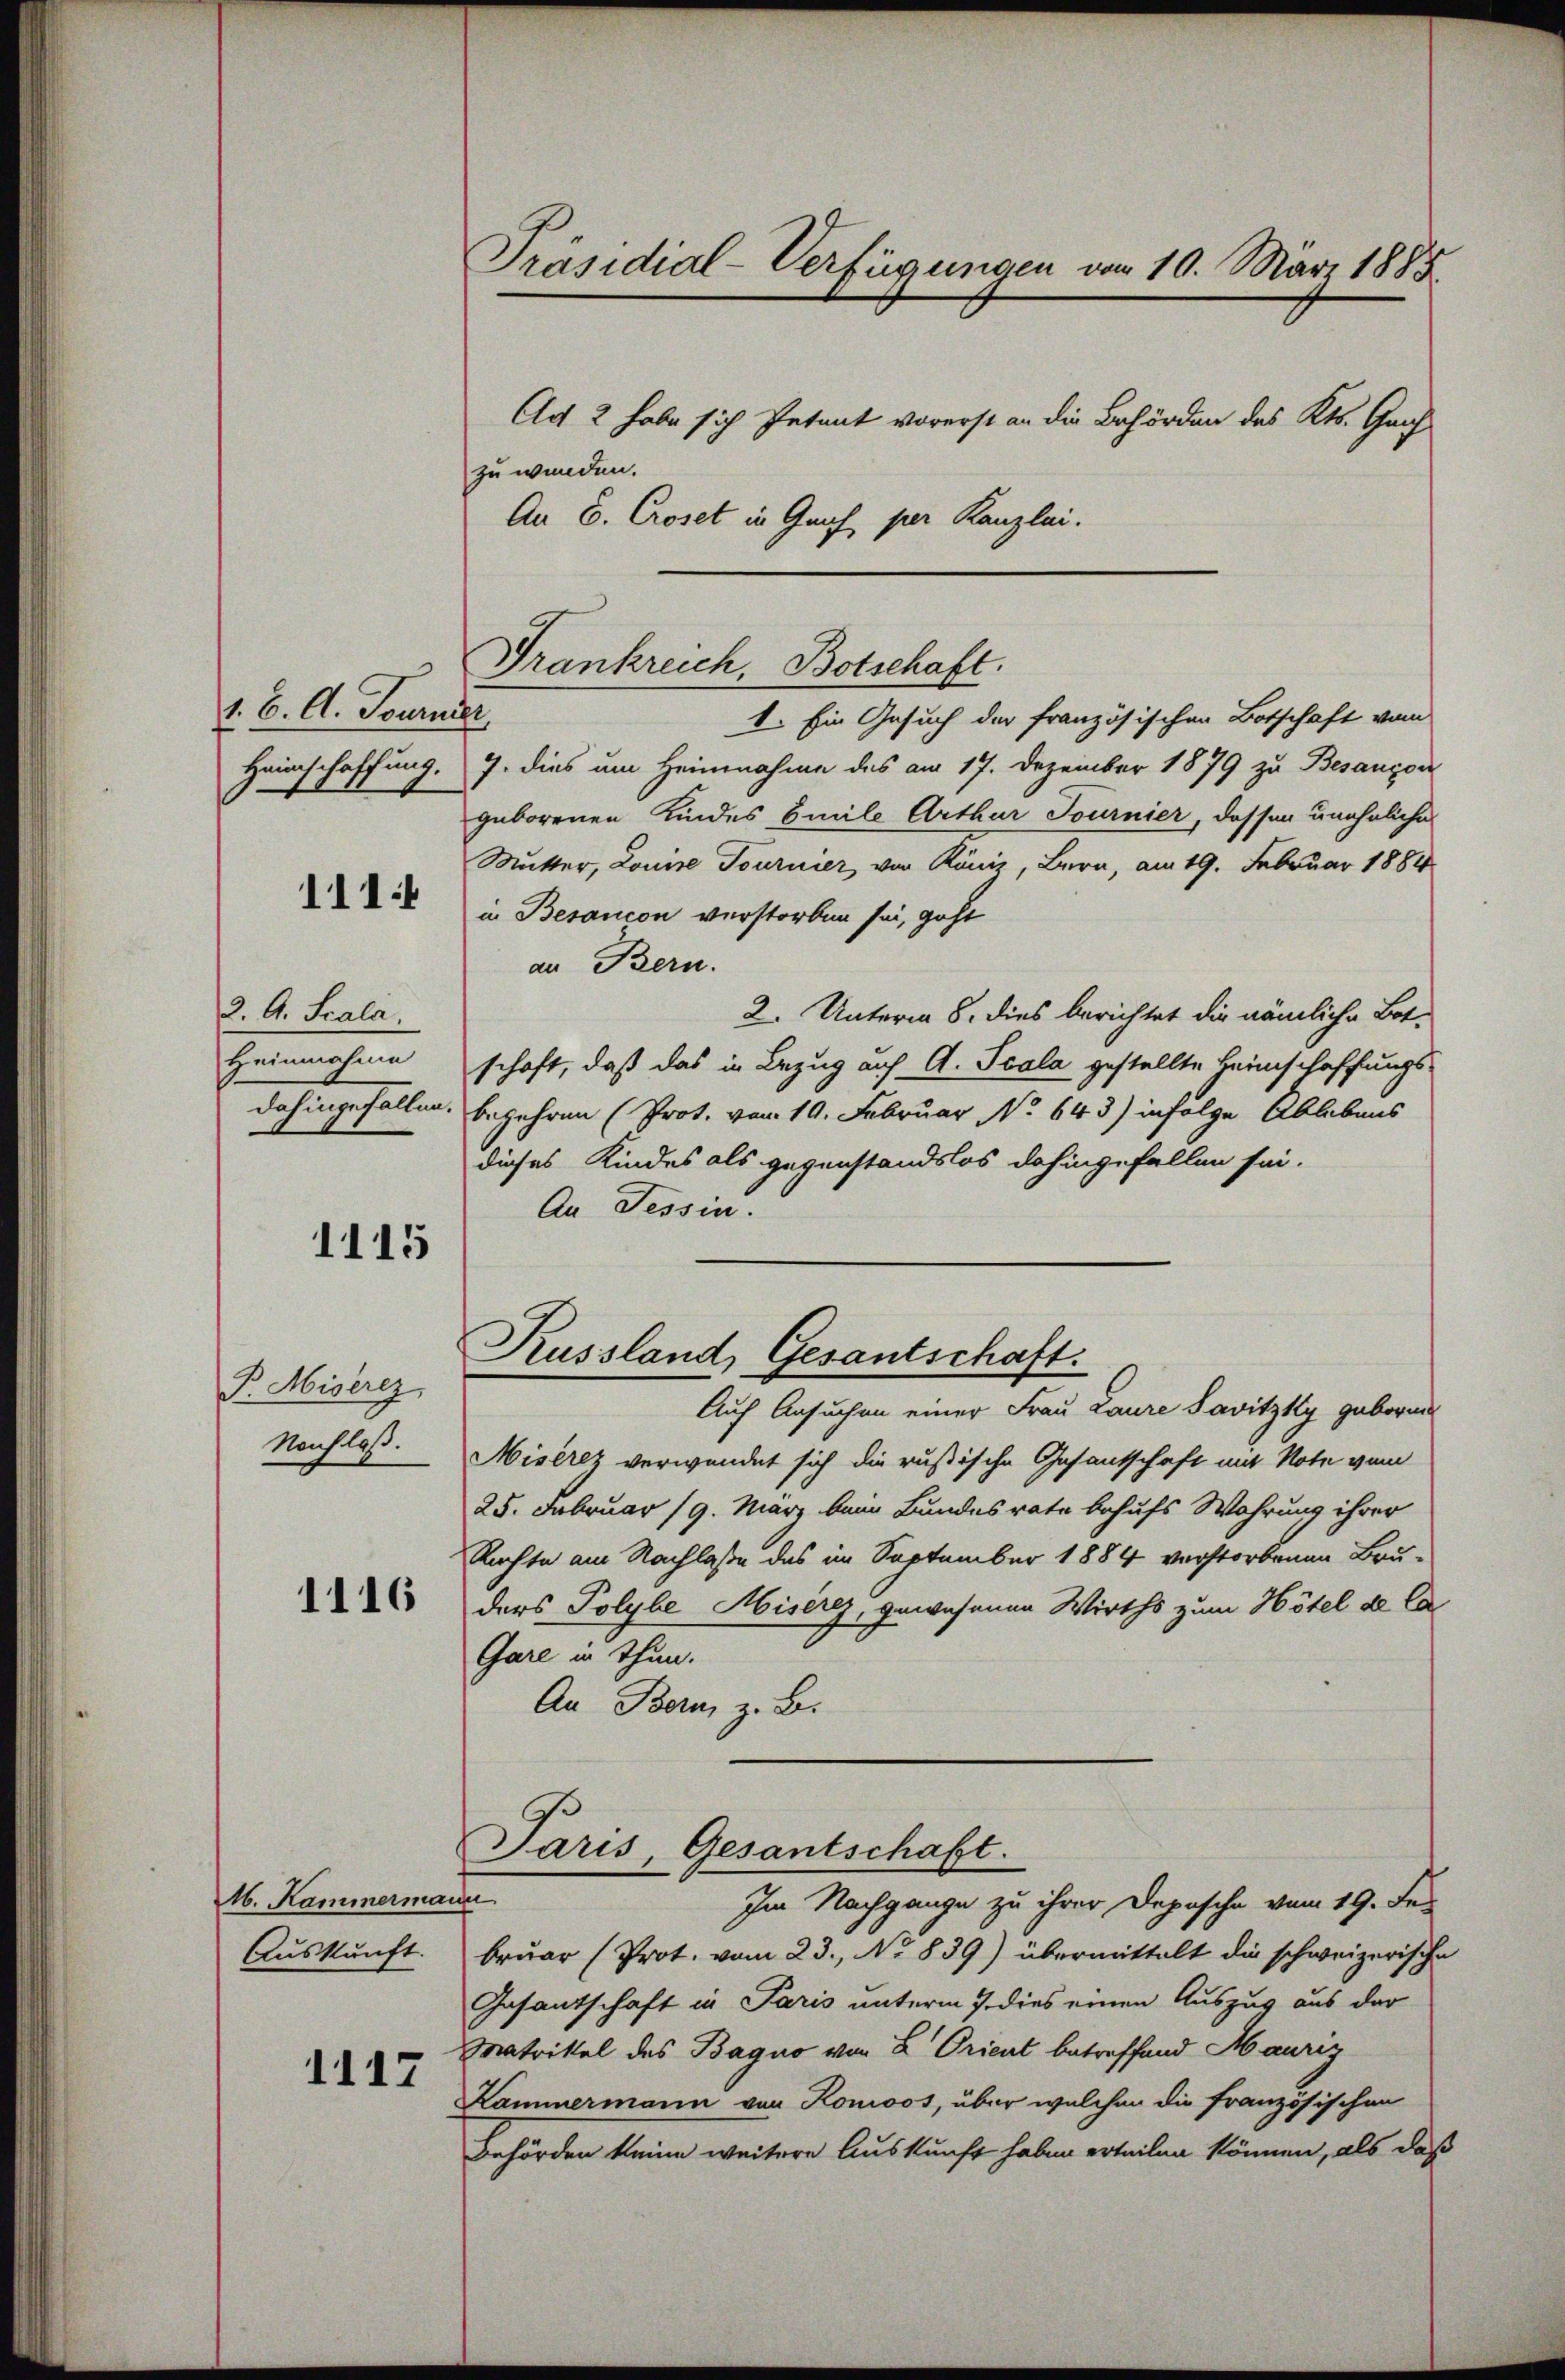
1. 6. A. Tournier

111

2. A. Scala
Heinnahme
dahingefallen.

1115

P. Miserez,
Nachlaß.

1116

M. Kammermai
Auskunft.

1117

Präsidial-Verfügungen vom 10. März 1885
Ag 2 habe sich Petent vorerst an die Behörden des Kts. Ganz
zu werden.
An E. Croset in Genf, per Kanzlei.

Frankreich. Botschaft.

Kussland, Gesantschaft.

1. Ein Gesuch der französischen Botschaft vom
Heimschaffung. 7. dies um Heimnahme des am 17. Dezember 1879 zu Besangen
geborenen Kindes Emile Arthur Journier, dessen uneheliche
Mutter, Louise Tournier, von Köniz, Bern, am 19. Februar 1884
in Besaucon verstorben sei, geht
an Bern.
2. Unterm 8. dies berichtet die nämliche Bot-
schaft, daß das in Bezug auf A. Scala gestellte Heimschaffungs-
begehren (Prot. vom 19. Februar No 643) infolge Ablebens
dieses Kindes als gegenstandslos dahingefallen sei.
An Tessin.
Auf Ansuchen einer Frau Laure Savitzky geboren
Miserez verwendet sich die russische Gesantschaft mit Note vom
25. Februar 19. März beim Bundesrate behufs Wahrung ihrer
Rechte am Nachlasse des im September 1884 verstorbenen Bru-
ders Polybe Misérez, gewesenen Wirths zum Hôtel de la
Gare in thun.
An Bern, z. B.
Paris, Gesantschaft.
e
Im Nachgange zu ihrer Depesche vom 19. Fer
bruar (Prot. vom 23. No 839) übermittelt die schweizerische
Gesantschaft in Paris unterm 7. dies einen Auszug aus der
Matrittel des Bagno von L. Orient betreffend Maurig
Kammermann von Konoos, über welchen die französischen
Behörden keine weitere Auskunft haben erteilen können, als daß